Document type: Grant
Year: 1232
Scribe: Berenguer de Clos
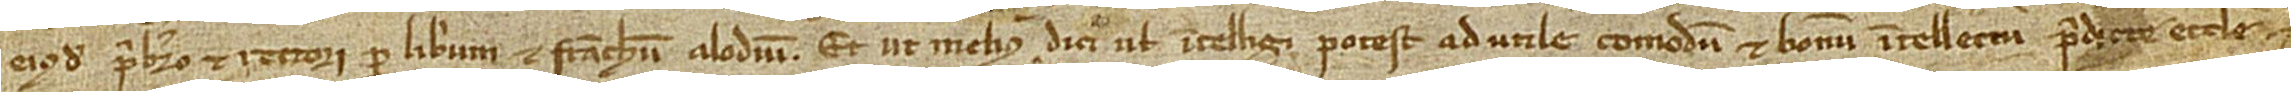
eiusdem presbitero et rectori, per liberum et franchum alodium. Et ut melius dici vel intelligi potest ad utile comodum et bonum intellectum predicte ecclesie et